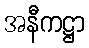
အနီကဋ္ဌာ